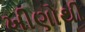
ખીણોથી